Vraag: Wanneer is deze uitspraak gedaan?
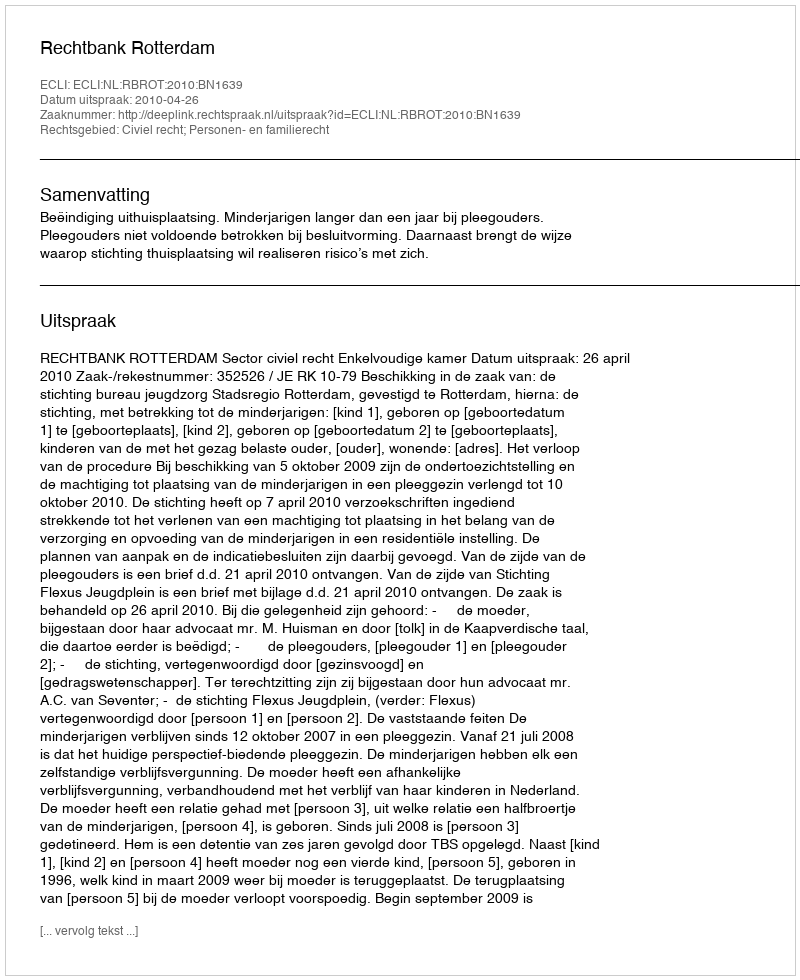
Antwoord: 2010-04-26